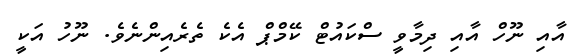
އާއި ނޫހް އާއި ދިމާވީ ސްކައުޓް ކޭމްޕް އެކެ ތެރެއިންނެވެ. ނޫހު އަކީ